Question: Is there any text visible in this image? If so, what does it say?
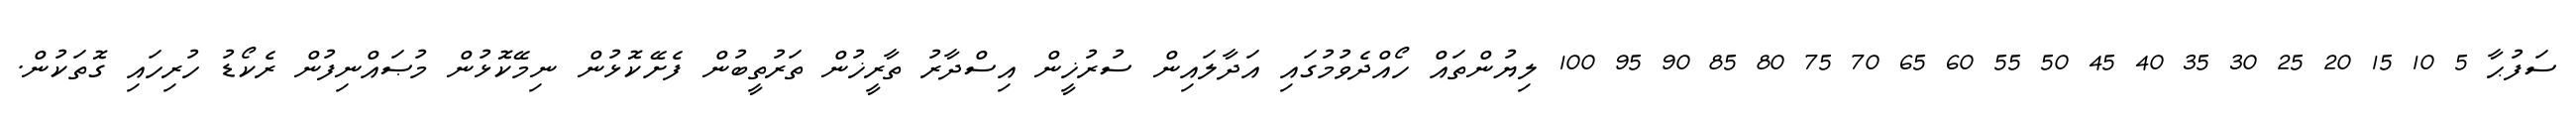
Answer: ސަފުޙާ 5 10 15 20 25 30 35 40 45 50 55 60 65 70 75 80 85 90 95 100 ލިޔުންތައް ހޯއްދެވުމުގައި އަދާލައިން ސުރުޚީން އިސްދާރު ތާރީޚުން ތަރުތީބުން ފެށޭކޮޅުން ނިމޭކޮޅުން މުޞައްނިފުން ރެކޯޑު ހުރިހައި ގޮތަކުން.